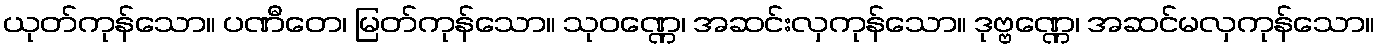
ယုတ်ကုန်သော။ ပဏီတေ၊ မြတ်ကုန်သော။ သုဝဏ္ဏေ၊ အဆင်းလှကုန်သော။ ဒုဗ္ဗဏ္ဏေ၊ အဆင်မလှကုန်သော။